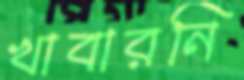
খাবারনি